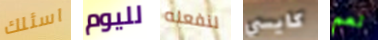
اسئلك لليوم لنفعله كايسي نعم